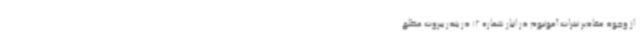
از وجود مقادیر نیترات آمونیوم در انبار شماره 12 در بندر بیروت مطلع